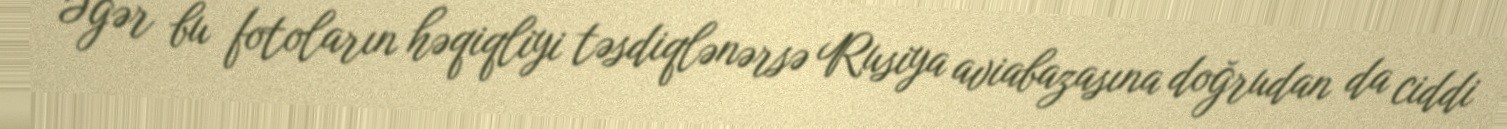
Əgər bu fotoların həqiqliyi təsdiqlənərsə Rusiya aviabazasına doğrudan da ciddi